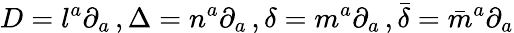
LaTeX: D=l^{a}\partial_{a}\, ,\Delta=n^{a}\partial_{a}\, ,\delta=m^{a}\partial_{a}\, ,{\bar{\delta}}={\bar{m}}^{a}\partial_{a}